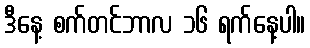
ဒီနေ့ စက်တင်ဘာလ ၁၆ ရက်နေ့ပါ။